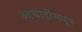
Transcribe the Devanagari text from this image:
आघाडीमधून